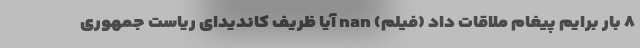
۸ بار برایم پیغام ملاقات داد (فیلم) nan آیا ظریف کاندیدای ریاست جمهوری